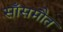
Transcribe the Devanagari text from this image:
साँसमौत